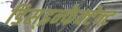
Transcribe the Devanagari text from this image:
डिस्इन्फ़ेक्टेन्ट